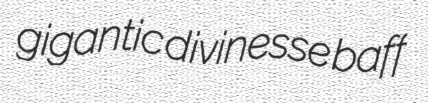
gigantic divinesse baff